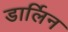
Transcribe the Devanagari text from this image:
डार्लिन